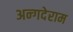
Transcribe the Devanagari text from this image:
अन्गदेराम